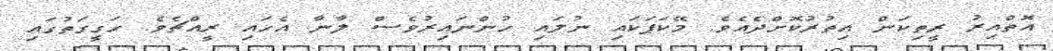
އޮތްއިރު ރީތިކަން އިތުރުކޮށްދެއެވެ. މޭކަޕަކައި ނުލައި ހުންނައިރުވެސް ލާނާ އެހައި ރީއްޗެވެ. ހަގީގަތުގައި